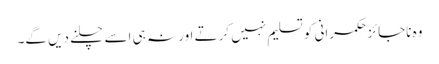
وہ ناجائز حکمرانی کو تسلیم نہیں کرتے اور نہ ہی اسے چلنے دیں گے۔